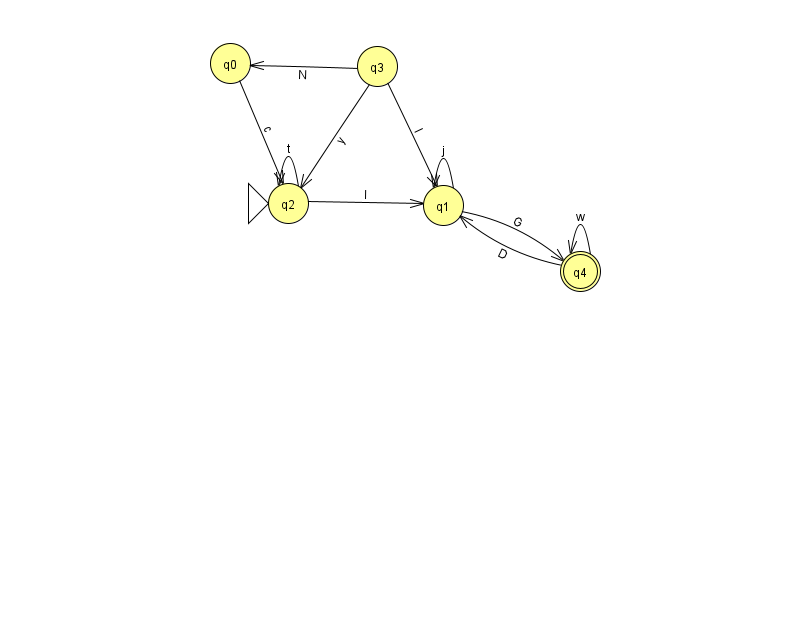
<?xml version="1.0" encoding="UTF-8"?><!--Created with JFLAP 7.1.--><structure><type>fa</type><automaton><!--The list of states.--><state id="0" name="q0"><x>230.0</x><y>50.0</y></state><state id="1" name="q1"><x>443.0</x><y>192.0</y></state><state id="2" name="q2"><x>288.0</x><y>190.0</y><initial/></state><state id="3" name="q3"><x>377.0</x><y>53.0</y></state><state id="4" name="q4"><x>580.0</x><y>258.0</y><final/></state><!--The list of transitions.--><transition><from>0</from><to>2</to><read>c</read></transition><transition><from>4</from><to>1</to><read>D</read></transition><transition><from>1</from><to>4</to><read>G</read></transition><transition><from>2</from><to>1</to><read>l</read></transition><transition><from>3</from><to>2</to><read>y</read></transition><transition><from>2</from><to>2</to><read>t</read></transition><transition><from>3</from><to>0</to><read>N</read></transition><transition><from>4</from><to>4</to><read>w</read></transition><transition><from>3</from><to>1</to><read>l</read></transition><transition><from>1</from><to>1</to><read>j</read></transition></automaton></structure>